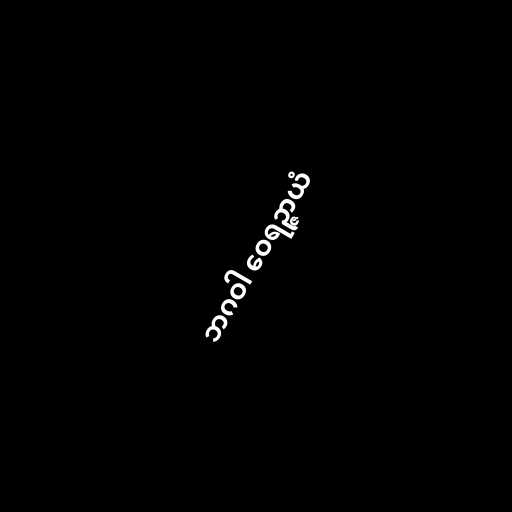
ဘဂဝါ ဝေရဉ္ဇာယံ